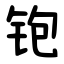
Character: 铇